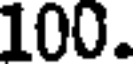
100.